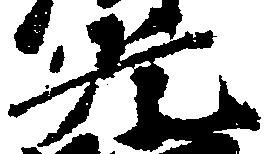
光